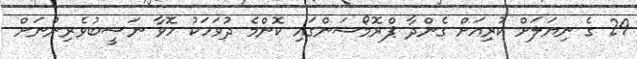
29 ގެ ނިޔަލަށް ކުރިއަށް ގެންދާ ޕްރޮމޯޝަންގައި ކޮންމެ ދުވަހަކު ހޮވާ ނަސީބުވެރިންނަށް